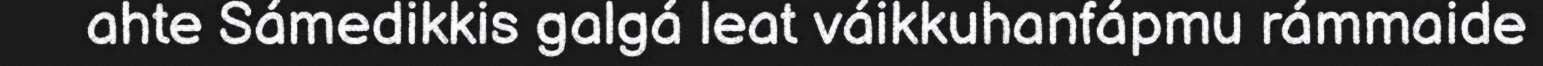
ahte Sámedikkis galgá leat váikkuhanfápmu rámmaide